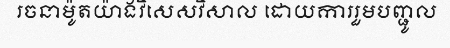
រចនាម៉ូតយ៉ាងវិសេសវិសាល ដោយការរួមបញ្ជូល